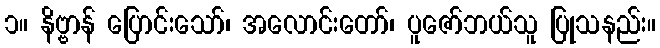
၁။ နိဗ္ဗာန် ပြောင်းသော်၊ အလောင်းတော်၊ ပူဇော်ဘယ်သူ ပြုသနည်း။